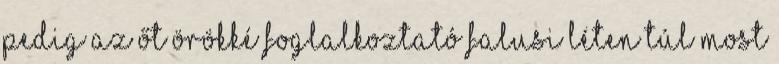
pedig az őt örökké foglalkoztató falusi léten túl most